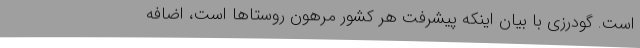
است. گودرزی با بیان اینکه پیشرفت هر کشور مرهون روستاها است، اضافه